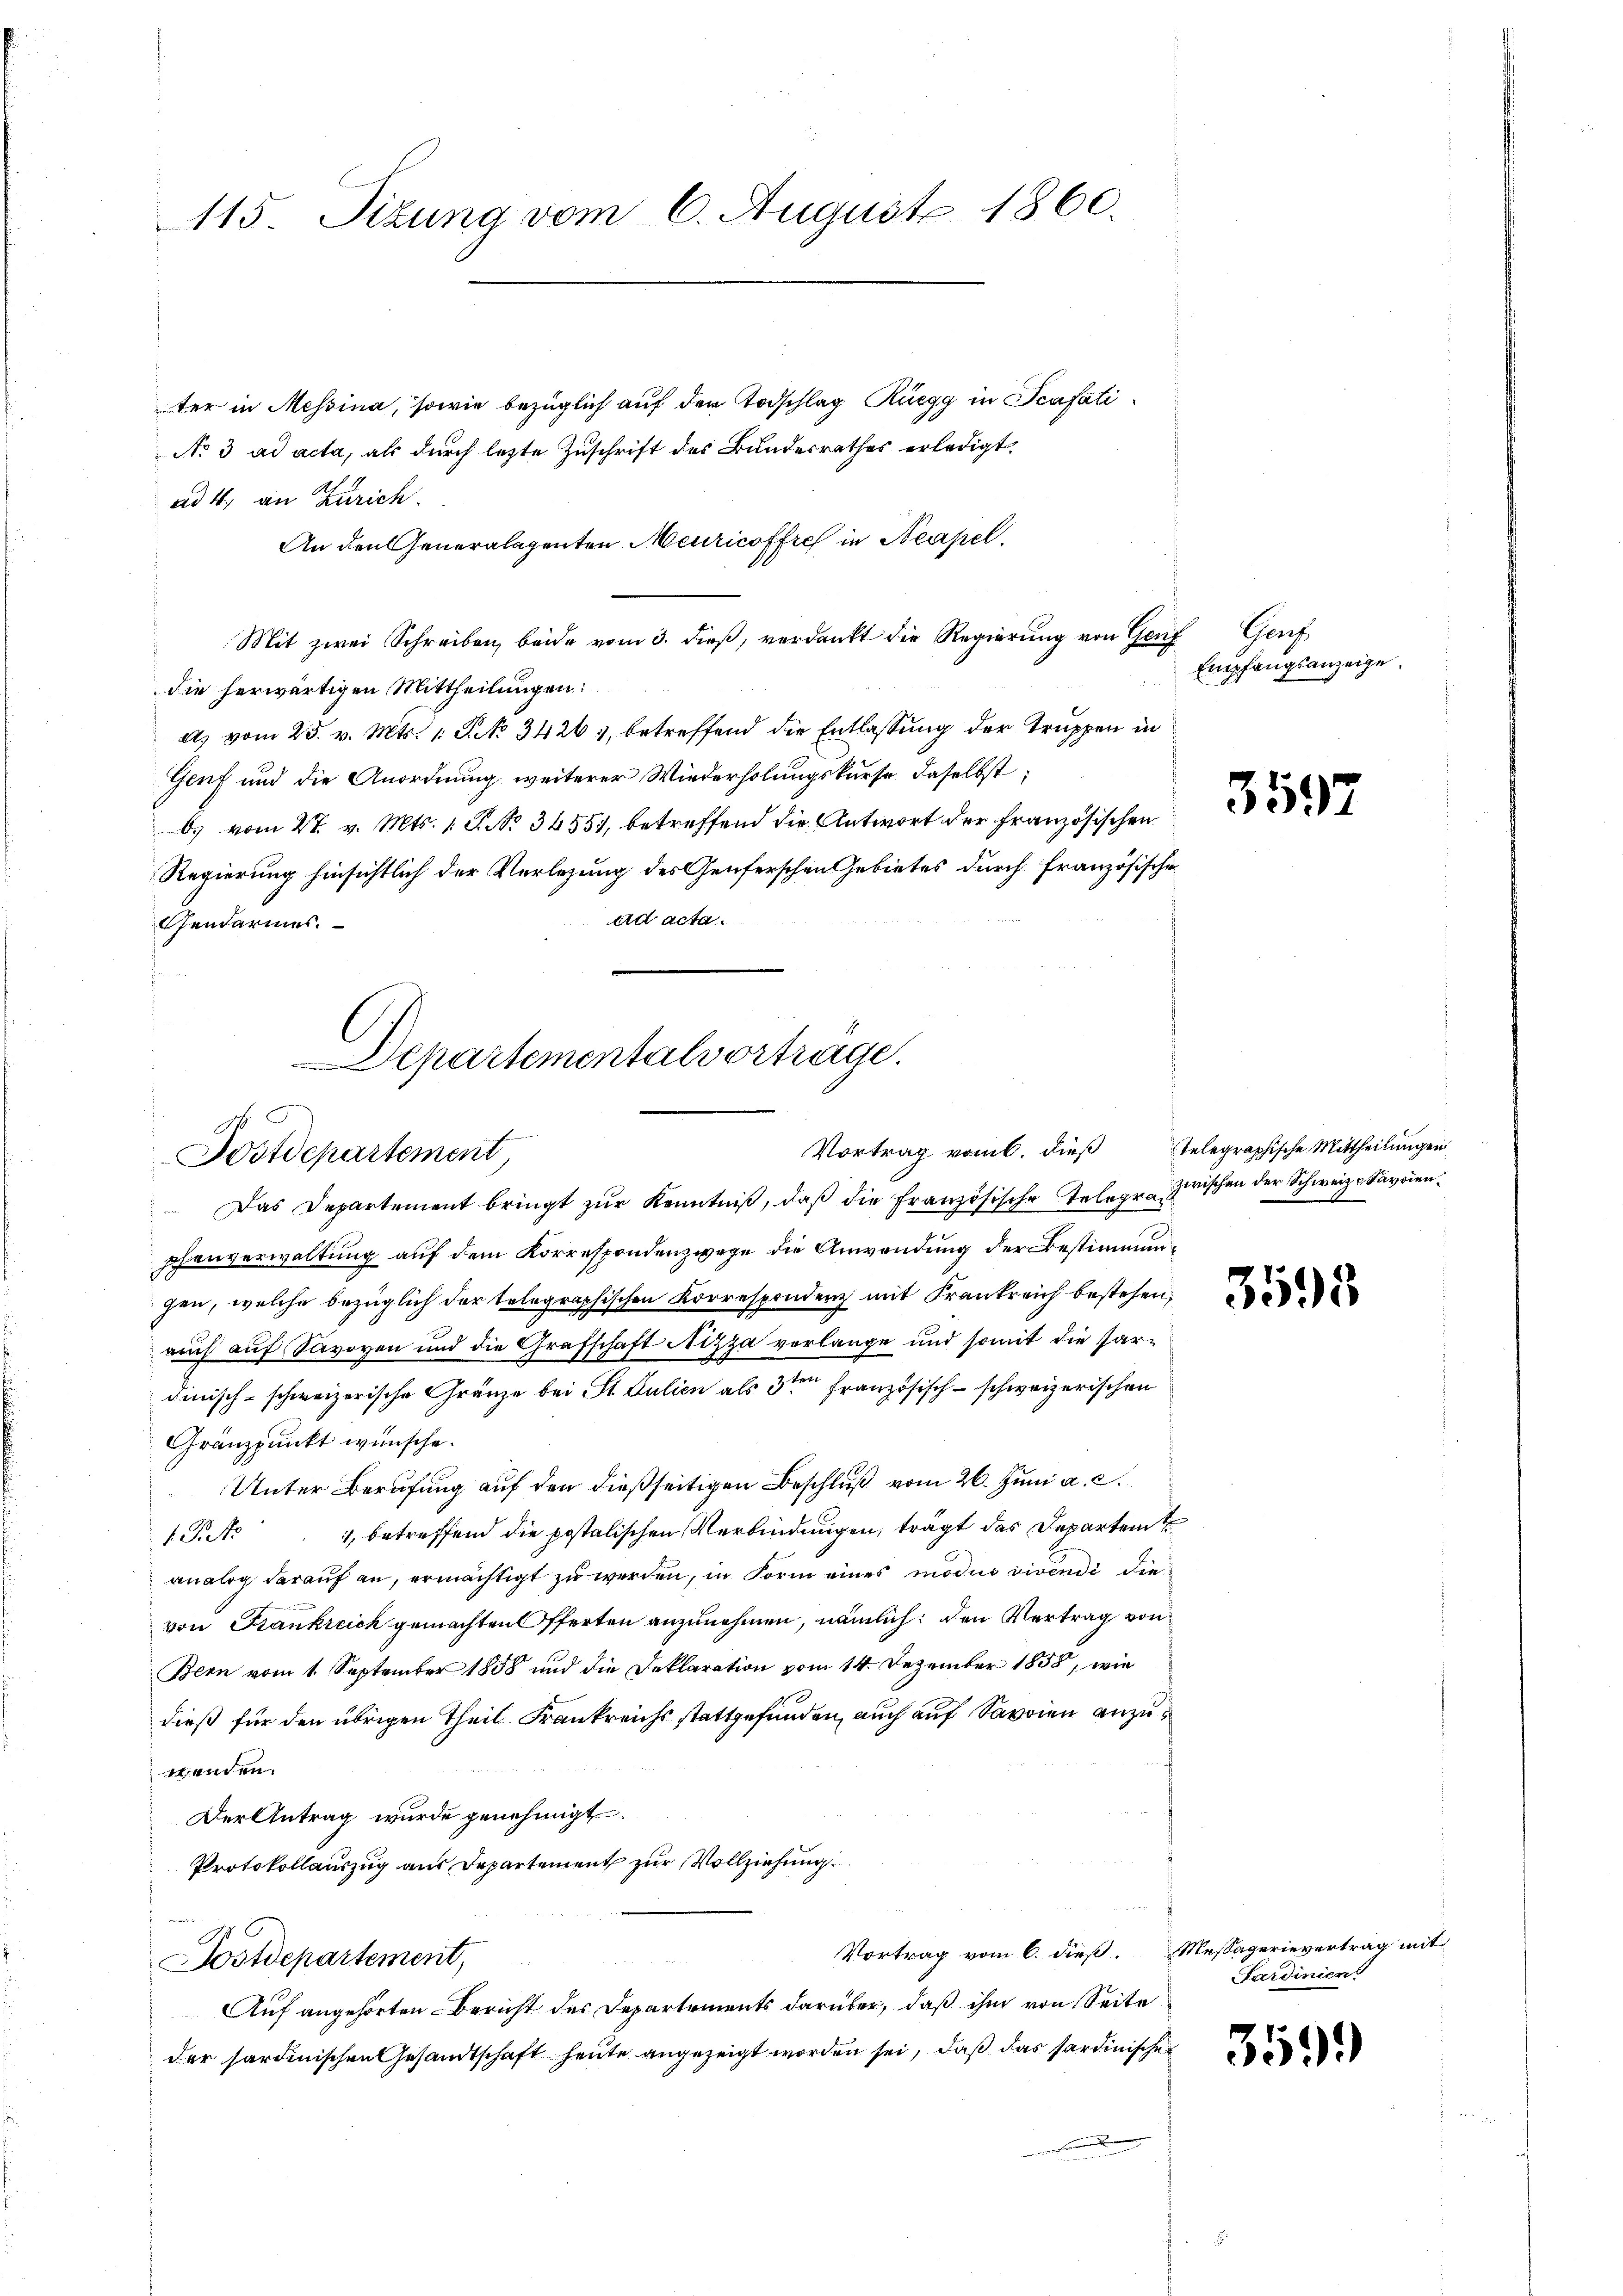
115. Situng vom 6. August 1860.

ter in Messina, sowie bezüglich auf den Todschlag Rüegg in Scafati¬
No 3 ad acta, als durch lezte Zuschrift des Bundesrathes erledigt.
ad 4. an Zürich.
An den Generalagenten Meuricoffre in Neapel
Mit zwei Schreiben, beide vom 3. dieß, verdankt die Regierung von Genf Genf
die herwärtigen Mittheilungen:
dts vom 25. v. Mts. 1 S. 34261, betreffend die Entlassung der Truppen in
Genf und die Anordnung weiterer Wiederholungskurse daselbst;
b. vom 27. v. Mts. 1 S. No 34557, betreffend die Antwort der französischen
Regierung hinsichtlich der Verlegung des Genferschen Gebietes durch Französische
ad acta.
Gendarmes.
on
¬

Departementalvortrage.
c
Postdepartement

Vortrag vom 6. dieß Telegraphische Mittheilungen

Empfangsanzeige.

Das Departement bringt zŭr Kenntniβ, daβ die französische Telegrazwischen der Schweiz. Savoienphenverwaltung auf dem Korrespondenzwege die Anwendung der Bestimmungen, welche bezüglich der telegraphischen Korrespondenz mit Frankreich bestehen,
auch auf Savoyen und die Grafschaft Nizza verlange und somit die Pardinisch-schweizerische Gränze bei St. Julien als 3ten französisch-schweizerischen
Gränzpunkt wünsche.
Unter Berufung auf den dießseitigen Beschluß vom 26. Juni a. c.
 Pct. 1, betreffend die postalischen Verbindŭngen, trägt das Departem
analog darauf an, ermächtigt zu werden, in Form eines modus vivendi dievon Frankreich gemachten Offerten anzunehmen, nämlich den Vertrag von
Bern vom 1. September 1858 und die Deklaration vom 14. Dezember 1858, wie
dieß für den übrigen Theil Frankreichs stattgefunden, auch auf Savoien anzuwenden.
Der Antrag wurde genehmigt.
Protokollauszug aus Departement zur Vollziehung

Vortrag vom 6. dieß. Messagerievertrag in
Postdepartement,
Auf angehörten Bericht des Departements darüber, daß ihm von Seite
der sardinischen Gesandtschaft heute angezeigt worden sei, daß das Sardinische
n

3597

3595

Sardinien

359.

eit.